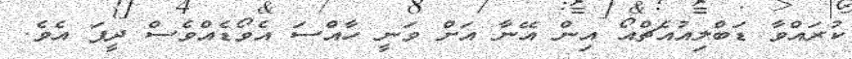
ކުރައްވާ ޑަބްލިއުއެޗްއޯ އިން އޭނާ އަށް ވަނީ ހާއްސަ އެވޯޑެއްވެސް ދީފަ އެވެ.